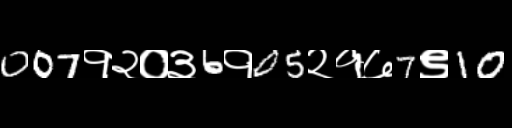
Text: 007१२०३6१05२१७7९10